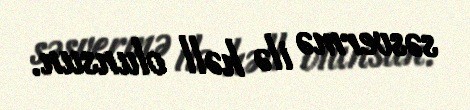
səsvermə ilə həll olunsun.